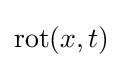
\operatorname {rot} (x,t)